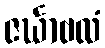
ဇင်္ဃာဗလံ